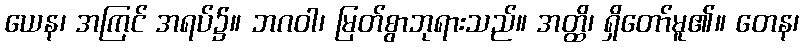
ယေန၊ အကြင် အရပ်၌။ ဘဂဝါ၊ မြတ်စွာဘုရားသည်။ အတ္ထိ၊ ရှိတော်မူ၏။ တေန၊